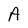
Character: A